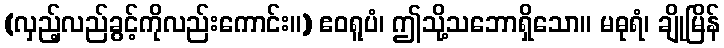
(လှည့်လည်ခွင့်ကိုလည်းကောင်း။) ဧဝရူပံ၊ ဤသို့သဘောရှိသော။ မဓုရံ၊ ချိုမြိန်